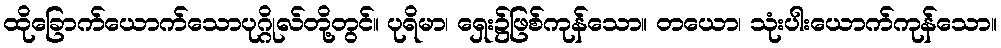
ထိုခြောက်ယောက်သောပုဂ္ဂိုလ်တို့တွင်။ ပုရိမာ၊ ရှေး၌ဖြစ်ကုန်သော။ တယော၊ သုံးပါးယောက်ကုန်သော။